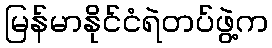
မြန်မာနိုင်ငံရဲတပ်ဖွဲ့က